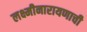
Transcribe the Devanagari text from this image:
लक्ष्मीनारायणाची